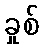
ခှုစ်